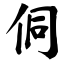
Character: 侗